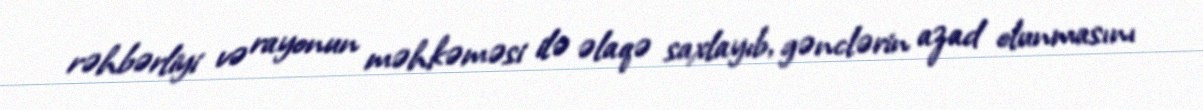
rəhbərliyi və rayonun məhkəməsi ilə əlaqə saxlayıb, gənclərin azad olunmasını